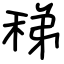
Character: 稊